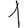
Digit: 1